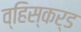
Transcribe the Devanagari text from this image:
व्हिस्कर्ड